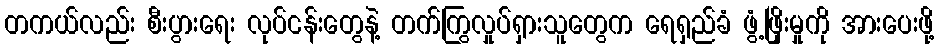
တကယ်လည်း စီးပွားရေး လုပ်ငန်းတွေနဲ့ တက်ကြွလှုပ်ရှားသူတွေက ရေရှည်ခံ ဖွံ့ဖြိုးမှုကို အားပေးဖို့